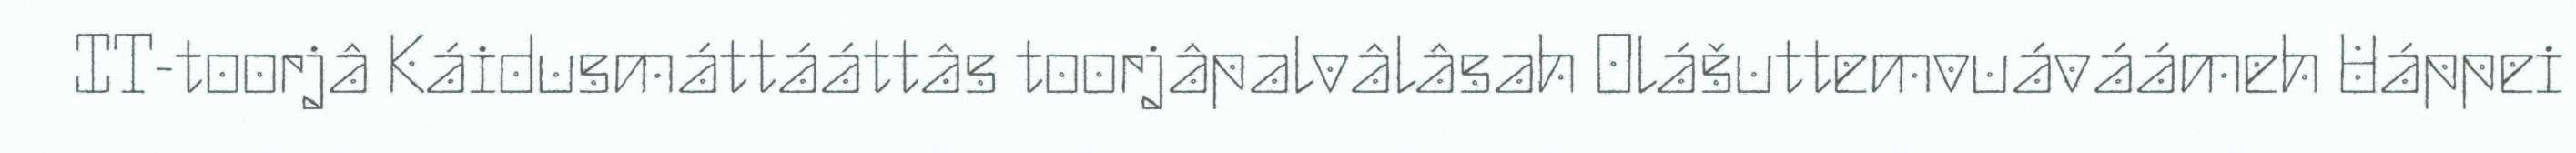
IT-toorjâ Káidusmáttááttâs toorjâpalvâlâsah Olášuttemvuáváámeh Uáppei